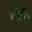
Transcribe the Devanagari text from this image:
शुरुात